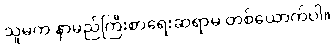
သူမက နာမည်ကြီးစာရေးဆရာမ တစ်ယောက်ပါ။